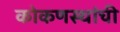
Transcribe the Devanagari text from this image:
कोकणस्थांची